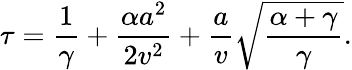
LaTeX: \tau=\frac{1}{\gamma}+\frac{\alpha a^{2}}{2v^{2}}+\frac{a}{v}\sqrt{\frac{\alpha+\gamma}{\gamma}}.